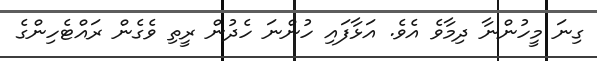
ގިނަ މީހުންނާ ދިމާވެ އެވެ. އަޅާފައި ހުންނަ ހެދުން ރީތި ވެގެން ރައްޓެހިންގެ